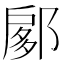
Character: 𨜽